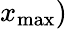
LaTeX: x_{\operatorname*{max}})